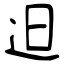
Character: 𨑨